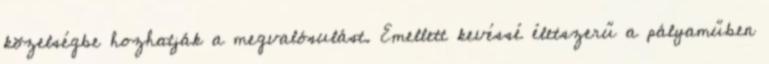
közelségbe hozhatják a megvalósulást. Emellett kevéssé életszerű a pályaműben